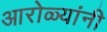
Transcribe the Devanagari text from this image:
आरोळ्यांनी